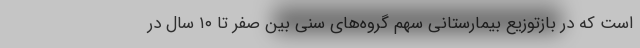
است که در بازتوزیع بیمارستانی سهم گروه‌های سنی بین صفر تا ۱۰ سال در